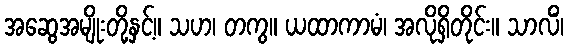
အဆွေအမျိုးတို့နှင့်။ သဟ၊ တကွ။ ယထာကာမံ၊ အလိုရှိတိုင်း။ သာလိံ၊